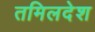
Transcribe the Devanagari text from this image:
तमिलदेश